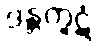
ဒန္တကူဋံ